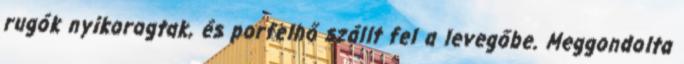
rugók nyikorogtak, és porfelhő szállt fel a levegőbe. Meggondolta